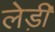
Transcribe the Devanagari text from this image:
लेड़ी